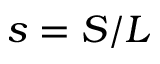
s = S / L